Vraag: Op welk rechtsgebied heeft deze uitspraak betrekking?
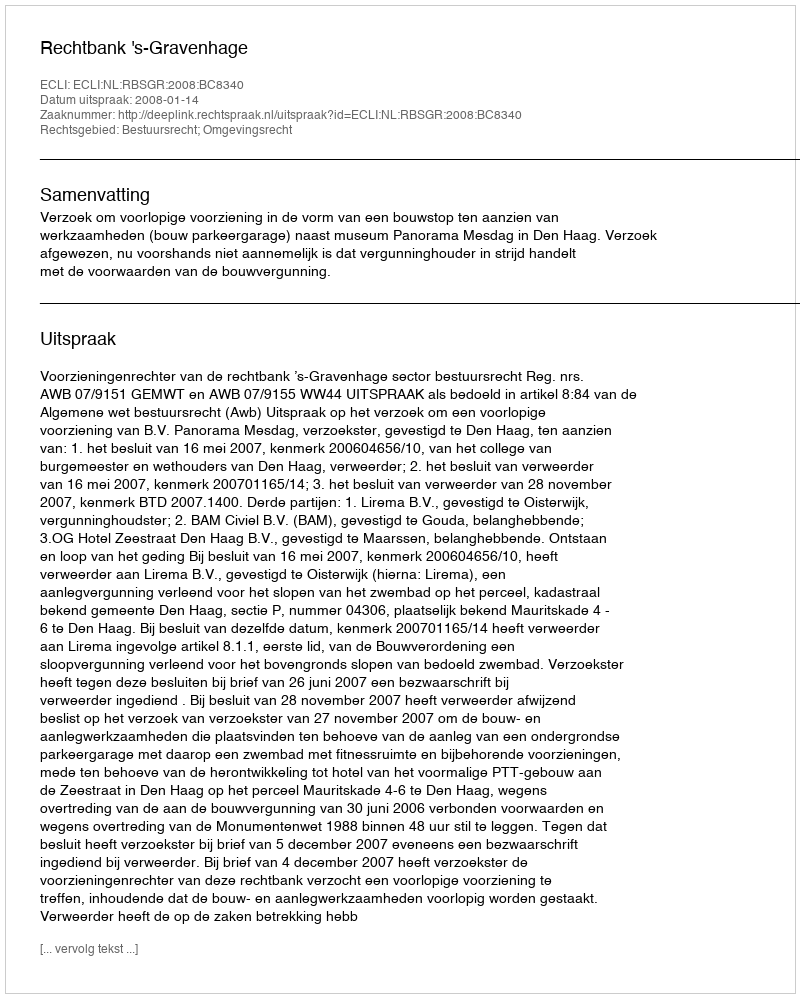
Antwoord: Bestuursrecht; Omgevingsrecht